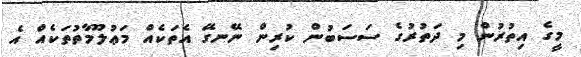
މީގެ އިތުރުން މި ދަތުރުގެ ސަސަބުން ކުރިން ނޭނގޭ އެތަކެއް މަޢުލޫމާތުތަކެއް އެ